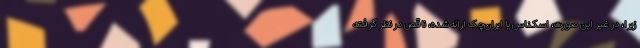
زیرا، در غیر این صورت، اسکناس یا ایران‌چک ارائه‌شده، ناقص در نظر گرفته